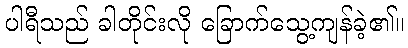
ပါရီသည် ခါတိုင်းလို ခြောက်သွေ့ကျန်ခဲ့၏။